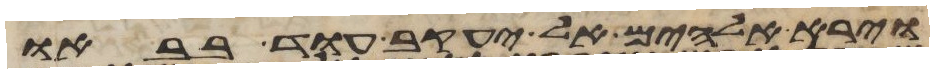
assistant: וירא אלהים אל יעקב עוד בבאו